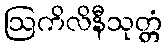
ဩကိလိနီသုတ္တံ